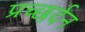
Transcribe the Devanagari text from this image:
प्रच्छर्दन